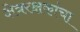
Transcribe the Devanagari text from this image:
क्षेत्ररक्षकांचा